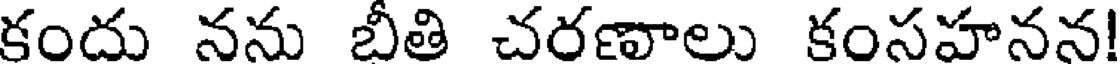
కందు నను బీతి చరణాలు కంసహనన!